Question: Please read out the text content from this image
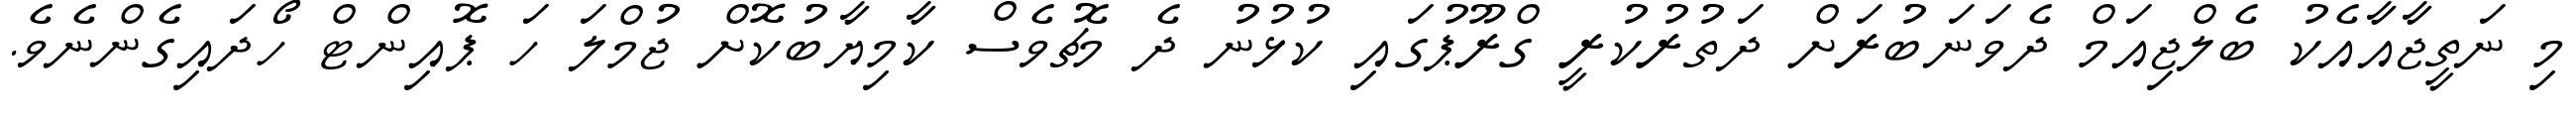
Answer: މި ނަތީޖާއާއެކު ބެލްޖިއަމް ދެވަނަބުރަށް ދަތުރުކުރީ ގްރޫޕުގައި ކުޅުނު ދެ މެޗުވެސް ކާމިޔާބުކޮށް ޖުމްލަ ހަ ޕޮއިންޓް ހޯދައިގެންނެވެ.